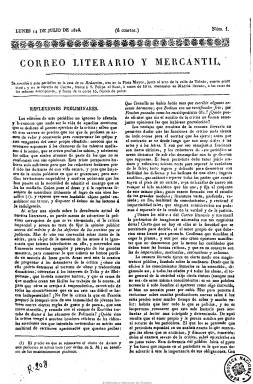
Título: Correo literario y mercantil
Colección: Periódicos anteriores a 1850
Ámbito geográfico: Madrid
Lugar de publicación: Madrid
Fechas: 14/07/1828-31/12/1828

Es uno de los primeros periódicos que van a aparecer en Madrid coincidiendo con una cierta apertura al final de la Década Ominosa (1823-1833). Publica su primer número el 14 de julio de 1828, en entregas de cuatro páginas, compuestas a una columna, y editado por Pedro Ximénez de Haro (1790-1854), que lo estampará en su imprenta, tras obtener la correspondiente “real licencia”. Lo hará cada lunes, miércoles y viernes.

Al principio estará casi íntegramente redactado por el dramaturgo y camaleónico periodista José María Carnerero (1784-1866) y Manuel López Peñalver. Impelido a tocar cuestiones políticas, se dedica a difundir noticias tanto nacionales como extranjeras, como los precios de los productos agrícolas, los valores del papel moneda o las cotizaciones bursátiles, y artículos de oficio, remitidos y de divulgación sobre industria, comercio, medicina, historia natural, teatros, toros, música o moda. Tendrá secciones como Variedades y Correspondencia.

Con este título estará publicándose hasta su número 74, correspondiente al 31 de enero de ese mismo año 1828, no sin antes haberle dedicado Mariano José de Larra (1809-1837) una dura crítica en el número 4 de El Duende Satírico del Día (1828) y consagrando su número 5 a burlarse completamente de Carnerero, su principal redactor, quien, por su parte, se defenderá desde las páginas del Correo.

A partir del uno de enero de 1829 reduce su título a El Correo, que irá acompañado en la cabecera con el subtítulo “periódico literario y mercantil”, que también forma parte de la colección de la Biblioteca Nacional de España.